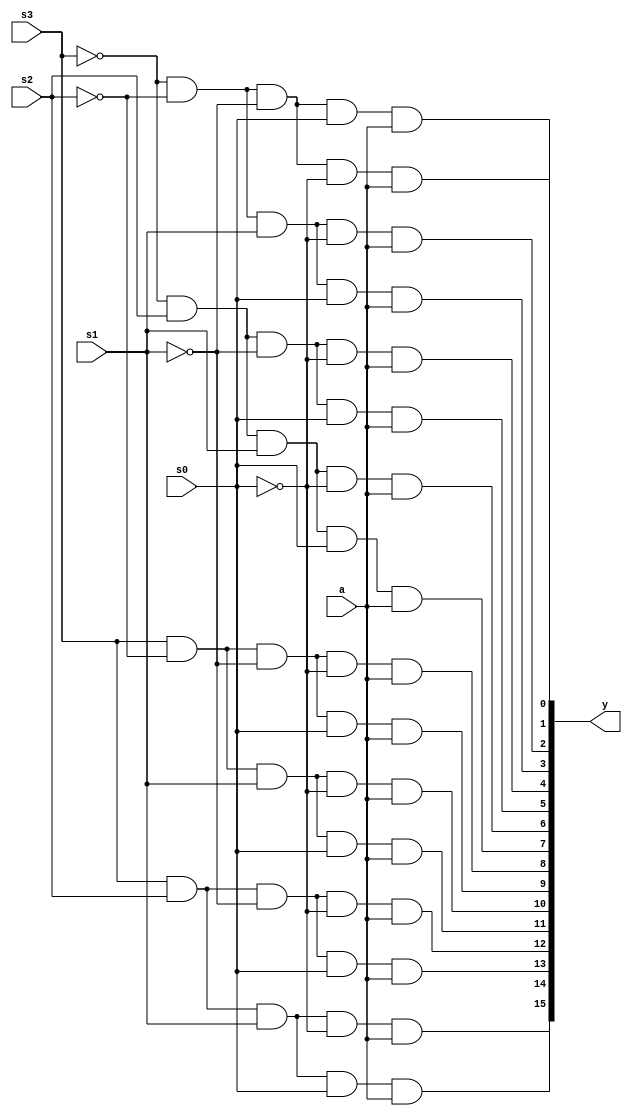
`timescale 1ns / 1ps
//////////////////////////////////////////////////////////////////////////////////
// Company: 
// Engineer: 
// 
// Design Name: 
// Module Name: mux
// Project Name: 
// Target Devices: 
// Tool Versions: 
// Description: 
// 
// Dependencies: 
// 
// Revision:
// Revision 0.01 - File Created
// Additional Comments:
// 
//////////////////////////////////////////////////////////////////////////////////


module mux(
    input a,
    input s0,s1,s2,s3,
    output [15:0] y
    );
    
  assign y[0]=~s3&~s2&~s1&~s0&a; 
  assign y[1]=~s3&~s2&~s1&s0&a;
  assign y[2]=~s3&~s2&s1&~s0&a;
  assign y[3]=~s3&~s2&s1&s0&a;
  assign y[4]=~s3&s2&~s1&~s0&a;
  assign y[5]=~s3&s2&~s1&s0&a;
  assign y[6]=~s3&s2&s1&~s0&a;
  assign y[7]=~s3&s2&s1&s0&a;
  assign y[8]=s3&~s2&~s1&~s0&a;
  assign y[9]=s3&~s2&~s1&s0&a;
  assign y[10]=s3&~s2&s1&~s0&a;
  assign y[11]=s3&~s2&s1&s0&a;
  assign y[12]=s3&s2&~s1&~s0&a;
  assign y[13]=s3&s2&~s1&s0&a;
  assign y[14]=s3&s2&s1&~s0&a;
  assign y[15]=s3&s2&s1&s0&a;

  
  
  
  
  
                
            
endmodule